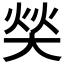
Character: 𰋧